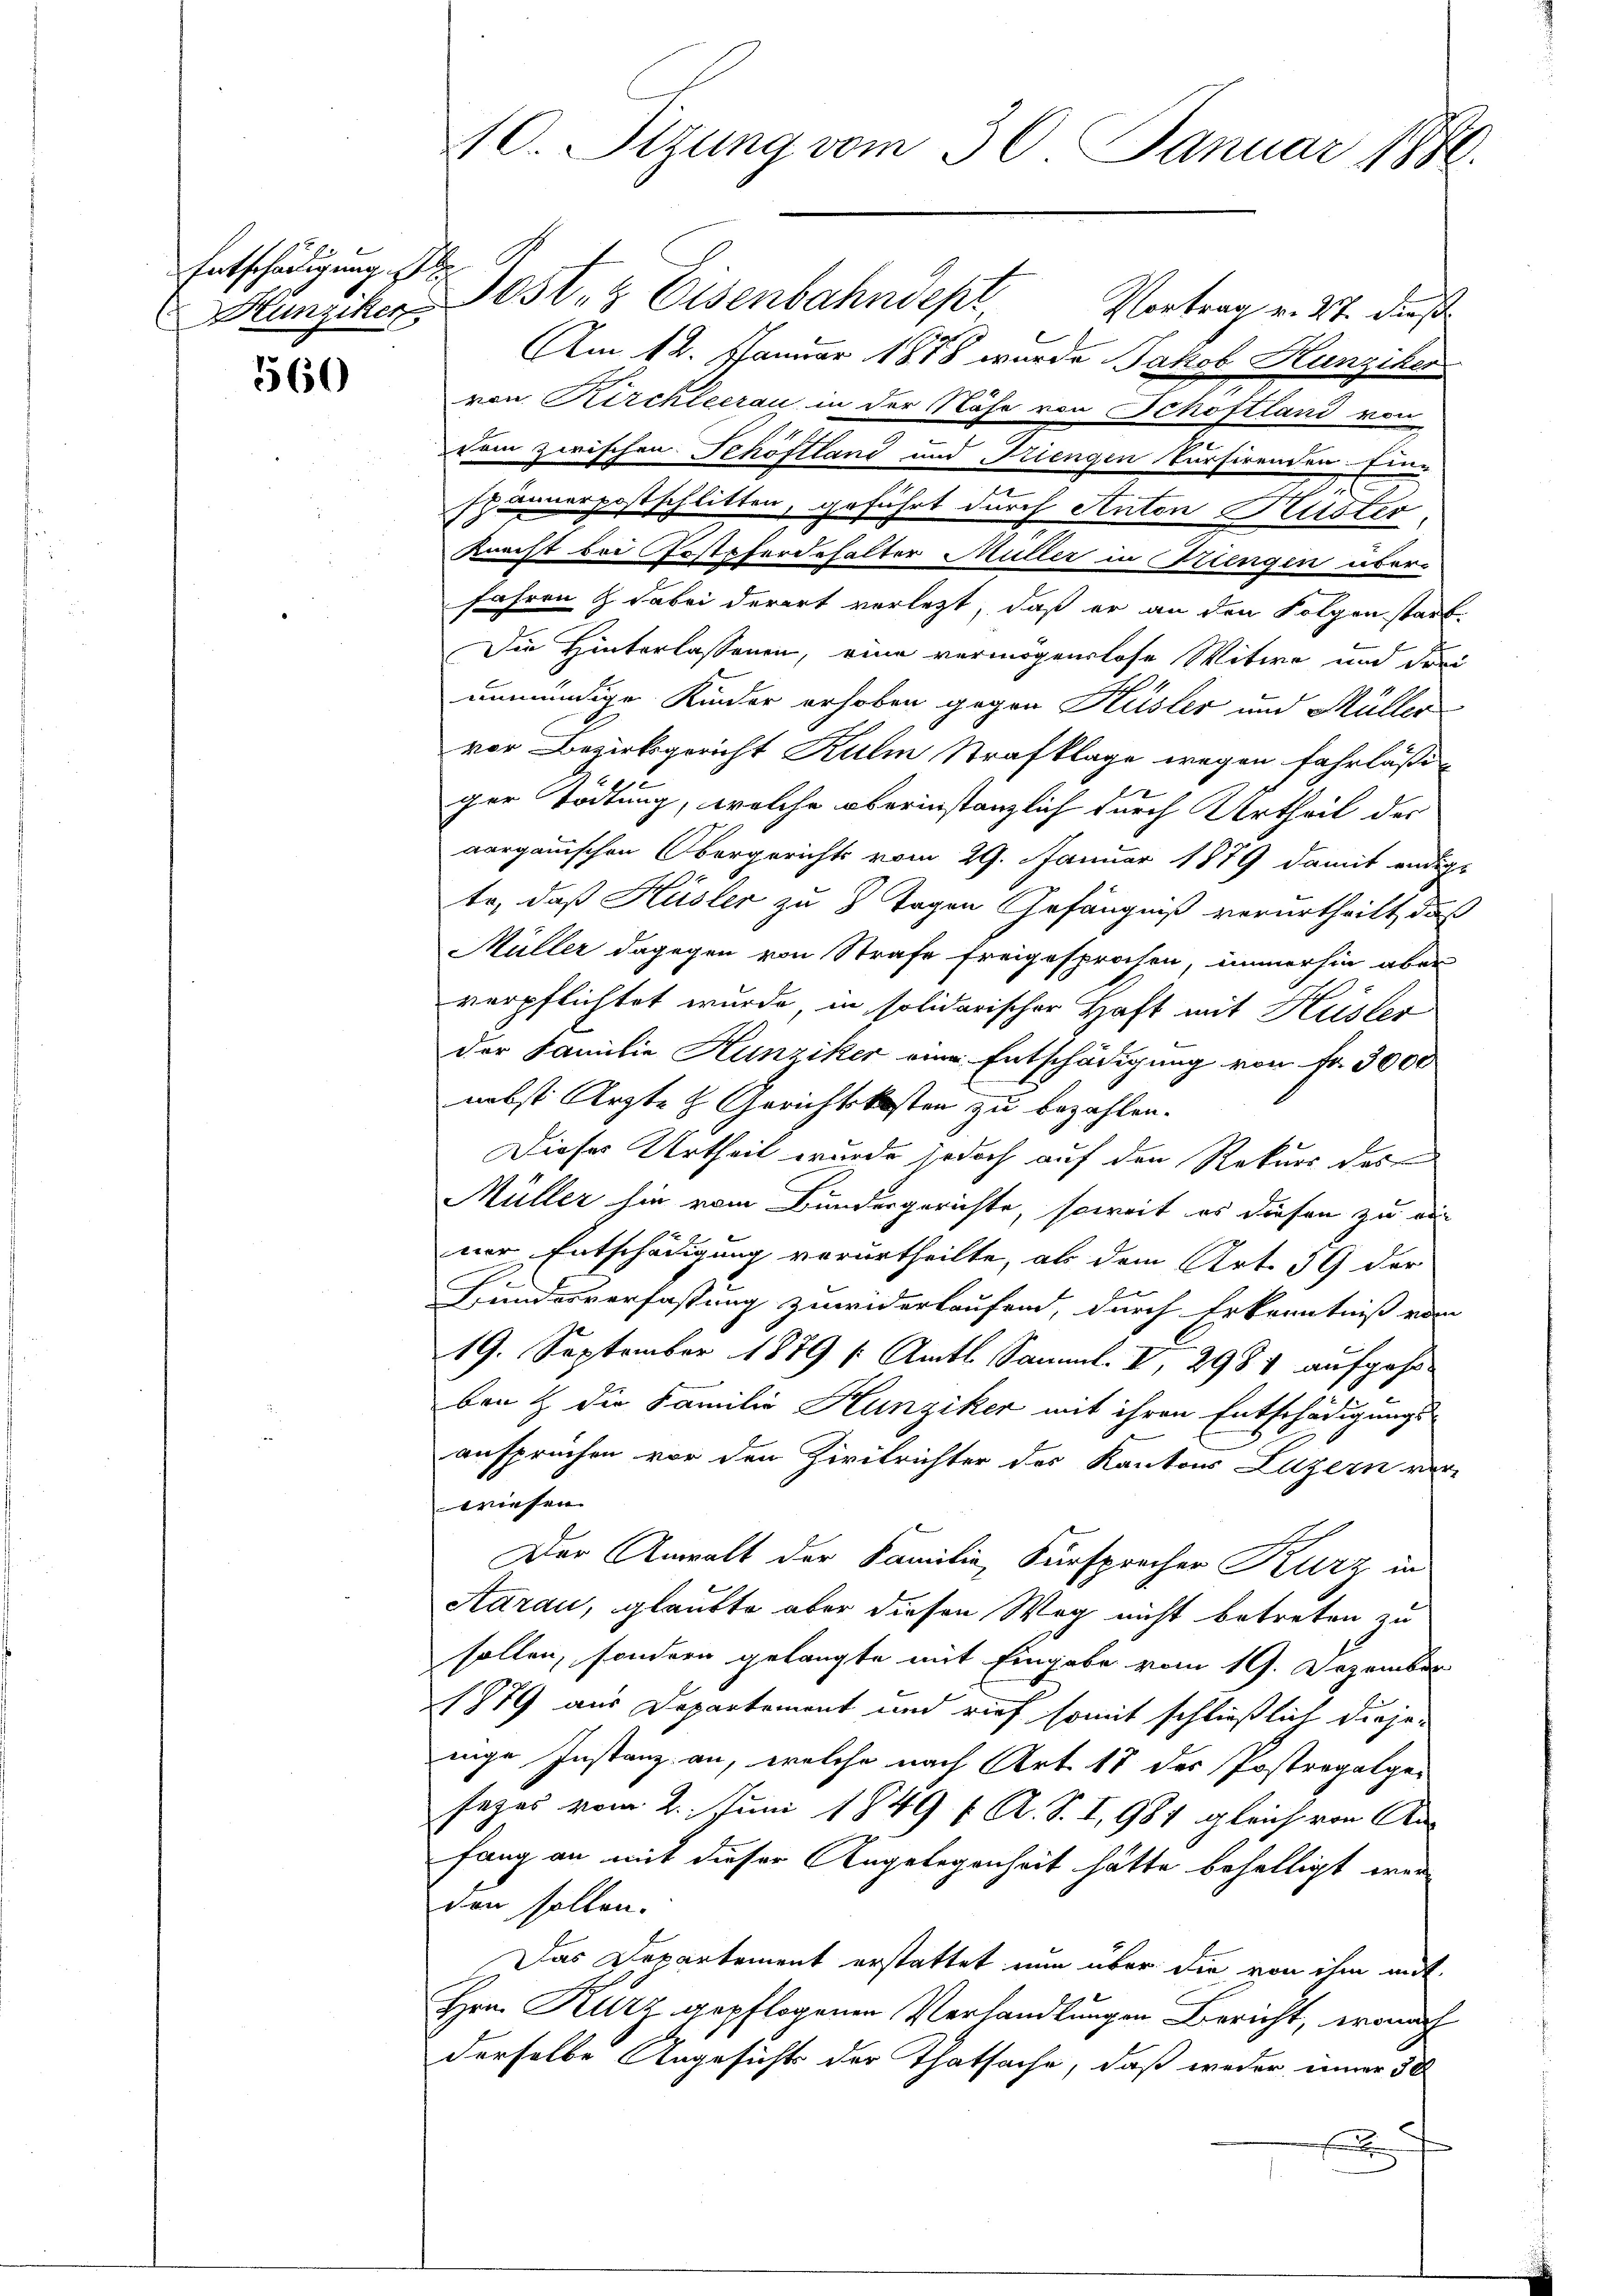
Entschädigung s

560

10. Sitzung vom 30. Januar 1890.

Hunziker Post- & Eisenbahndept Vortrag v. 27. dieß
Am 12. Januar 1848 wurde Jakob Hunziker
von Kirchleerau in der Nähe von Schoftland von
Dom zwischen Schöftland und Friengen Cursirenden Eine
.
spännerpostschlitten, geführt durch Anton Huster,
Knecht bei Erstpferdehalter Müller in Strengen über-
fahren & dabei derart verletzt, daß er an den Folgen starb.
Die Hinterlassenen, eine vermögenslose Witwe und drei
unmündige Kinder erhoben gegen Hüsler und Müller
vor Bezirksgericht Kulm Strafklage wegen fahrläßiger Tödtung, welche oberinstanzlich durch Urtheil der
aargauischen Obergerichts vom 29. Januar 1879 damit endige
te, daß Hüsler zu 8 Tagen Gefängniß verurtheilt, daß
Müller dagegen von Strafe freigesprochen, immerhin aber
verpflichtet wurde, in solidarischer Haft mit Hüsler
der Familie Hunziker eine Entschädigung von Fr. 3000
nebst Ärzte & Gerichtskosten zu bezahlen.
Dieses Urtheil wurde jedoch auf den Rekurs des
Müller sie vom Bundergerichte, soweit es diesen zu ein
ner Entschädigung verurtheilte, als dem Art. 39 der
Bundesverfassung zuwiderlaufend, durch Erkenntniß von
19. September 1879 (Amts Samml. V, 2981 aufgehe
ben & die Familie Hunziker mit ihren Entschädigungsansprüchen vor den Zivilrichter des Kantons Luzern ver-
wiesen.
Der Anwalt der Familie, Fürsprocher Kurz in
Aarau, glaubte aber diesen Weg nicht betreten zu
sollen, sondern gelangte mit Eingabe vom 19. Dezember
1879 aus Departement und rief somit schließlich diejenige Instanz an, welche nach Art. 18 der Postregalgesezes vom 2. Juni 1849 f. A. S. I, 981 gleich von An-
fang an mit dieser Angelegenheit hätte behelligt werden sollen.
Das Departement erstattet nun über die von ihm mit
Hrn. Kurz gepflogenen Verhandlungen Bericht, wonach
derselbe Angesichts der Thatsache, daß weder inner 30